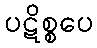
ပဋိစ္စပေ